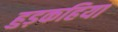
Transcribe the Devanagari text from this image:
हुड़कहिया